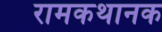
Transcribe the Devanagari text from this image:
रामकथानक